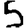
Digit: 5